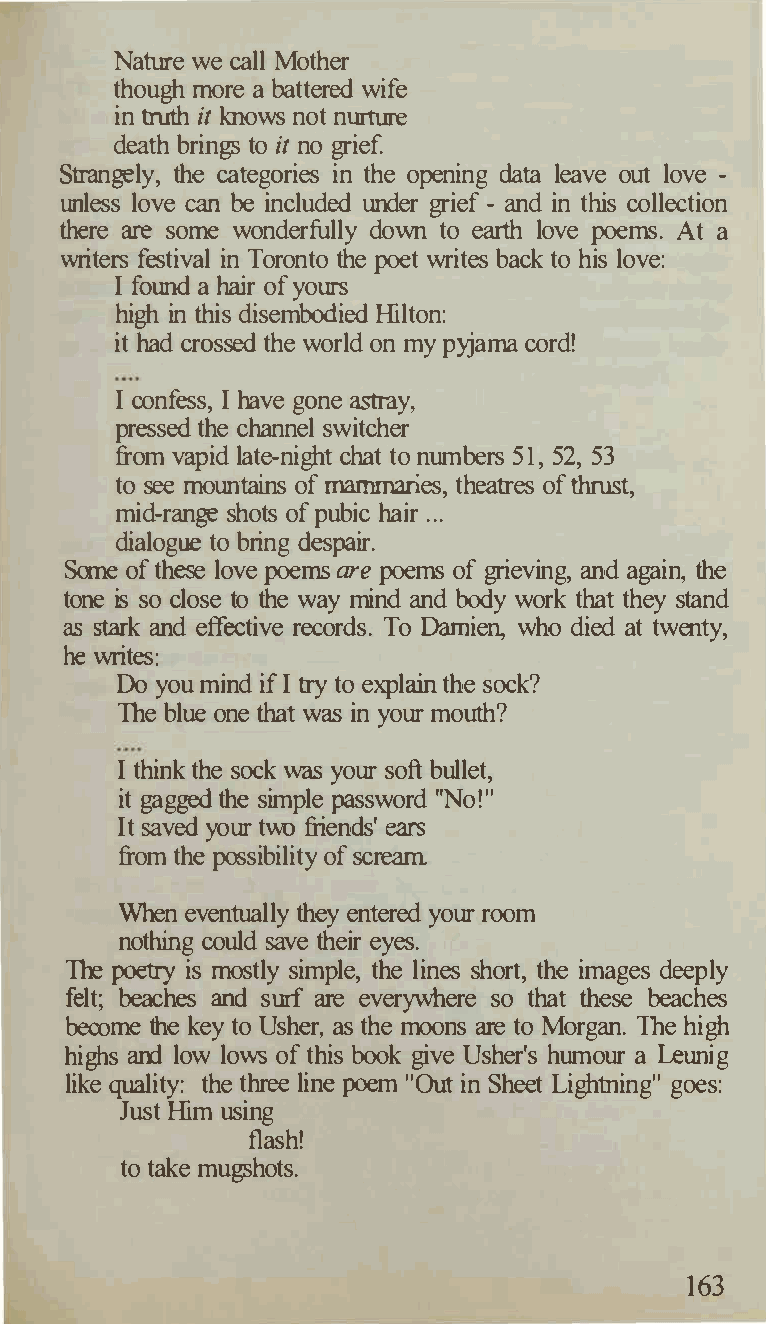
Nature we call Mother
 though more a battered wife
 in truth it knows not nurture
 death brings to it no grief.
 Strangely, the categories in the opening data leave out love -
 unless love can be included under grief - and in this collection
 there are some wonderfully down to earth love poems. At a
 writers festival in Toronto the poet writes back to his love:
 I found a hair of yours
 high in this disembodied Hilton:
 it had crossed the world on my pyjama cord!
 I confess, I have gone astray,
 pressed the channel switcher
 from vapid late-night chat to numbers 51, 52, 53
 to see mountains of mammaries, theatres of thrust,
 mid-range shots of pubic hair ...
 dialogue to bring despair.
 Some of these love poems arepoe ms of grieving, and again, the
 tone is so close to the way mind and body work that they stand
 as stark and effective records. To Damien, who died at twenty,
 he writes:
 Do you mind if I try to explain the sock?
 The blue one that was in your mouth?
 I think the sock was your soft bullet,
 it gagged the simple password ''No!"
 It saved your two friends' ears
 from the possibility of scream
 When eventually they entered your room
 nothing could save their eyes.
 The     is mostly simple, the lines short, the images deeply
 poetry
 felt; beaches and surf are everywhere so that these beaches
 become the key to Usher, as the moons are to Morgan. The high
 highs and low lows of this book give Usher's humour a Leunig
 like quality: the three line poem "Out in Sheet Lightning" goes:
 Just Him using
 flash!
 to take mugshots.
 163